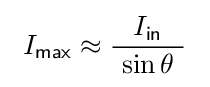
\ I_{\mathsf {max}}\approx {\frac {I_{\mathsf {in}}}{\ \sin \theta \ }}\